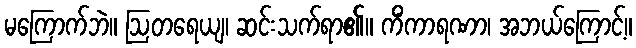
မကြောက်ဘဲ။ ဩတရေယျ၊ ဆင်းသက်ရာ၏။ ကိံကာရဏာ၊ အဘယ်ကြောင့်။